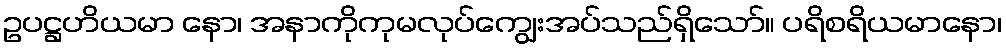
ဥပဋ္ဌဟိယမာ နော၊ အနာကိုကုမလုပ်ကျွေးအပ်သည်ရှိသော်။ ပရိစရိယမာနော၊